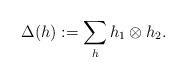
LaTeX: \begin{align*}\Delta(h):=\sum_h h_1\otimes h_2.\end{align*}